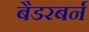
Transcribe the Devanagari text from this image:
बैडरबर्न